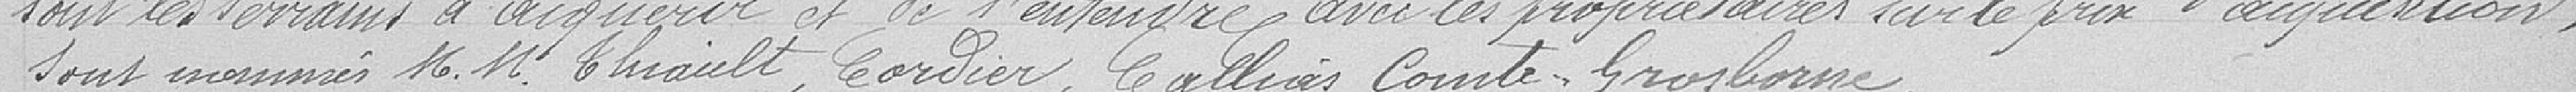
sont les terrains à acquérir et de s'entendre avec le propriétaire sur le prix d'acquisition ; sont nommés Messieurs THIAULT, CORDIER, CALLOIS, COMTE-GROSBORNE